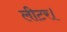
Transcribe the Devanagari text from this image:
लीटर।